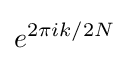
e^{2\pi ik/2N}